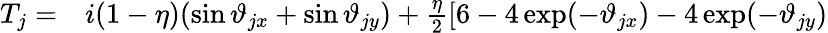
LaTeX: \begin{array}{rl}{T_{j}=}&{{}i(1-\eta)(\sin\vartheta_{jx}+\sin\vartheta_{jy})+\frac{\eta}{2}[6-4\exp(-\vartheta_{jx})-4\exp(-\vartheta_{jy})}\end{array}